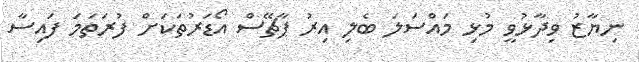
ނިޔާޒު ވިދާޅުވީ މުޅި މައްސަލަ ބެލި އިރު ޕާޗޭސް އޯޑަރުތަކަށް ފުރަތަމަ ފައިސާ